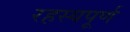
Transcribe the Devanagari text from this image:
रहस्‍यपूर्ण